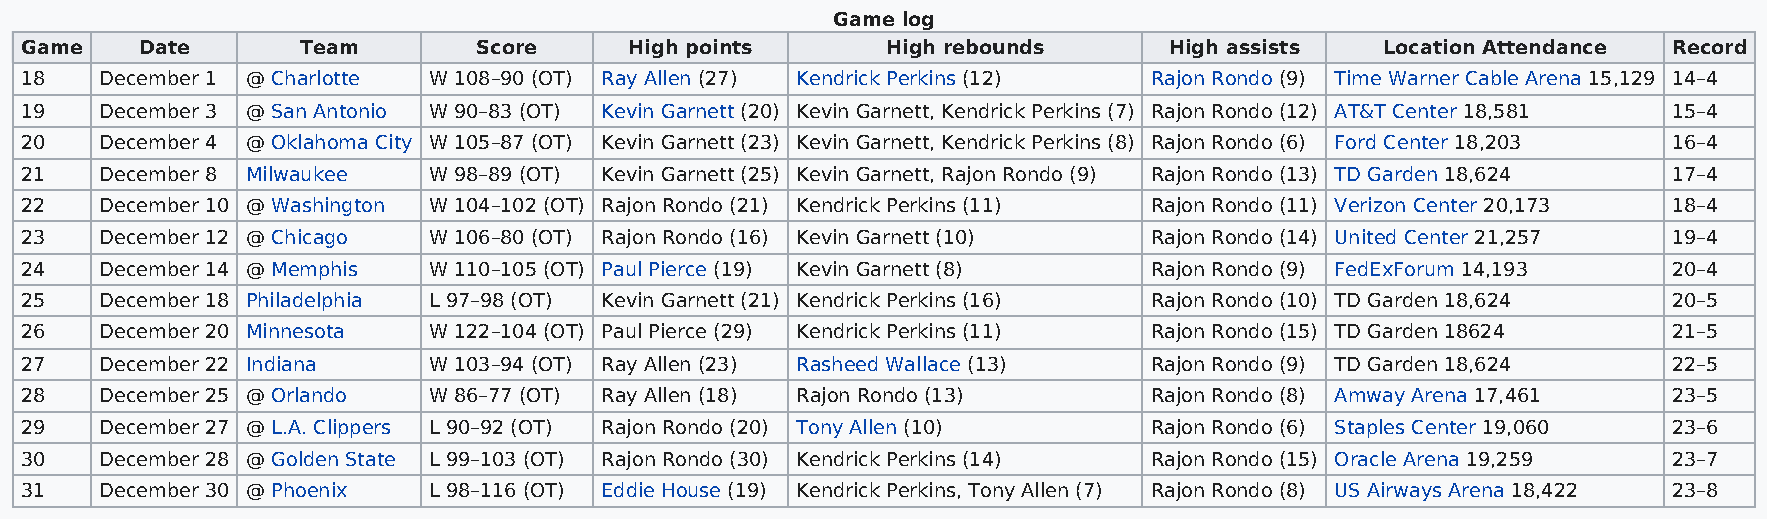
Game log
 Game    Date       Team        Score     High points      High rebounds     High assists   Location Attendance Record
 18    December 1 @ Charlotte W 108–90 (OT) Ray Allen (27) Kendrick Perkins (12) Rajon Rondo (9) Time Warner Cable Arena 15,129 14–4
 19    December 3 @ San Antonio W 90–83 (OT) Kevin Garnett (20) Kevin Garnett, Kendrick Perkins (7) Rajon Rondo (12) AT&T Center 18,581 15–4
 20    December 4 @ Oklahoma City W 105–87 (OT) Kevin Garnett (23) Kevin Garnett, Kendrick Perkins (8) Rajon Rondo (6) Ford Center 18,203 16–4
 21    December 8 Milwaukee W 98–89 (OT) Kevin Garnett (25) Kevin Garnett, Rajon Rondo (9) Rajon Rondo (13) TD Garden 18,624 17–4
 22    December 10 @ Washington W 104–102 (OT) Rajon Rondo (21) Kendrick Perkins (11) Rajon Rondo (11) Verizon Center 20,173 18–4
 23    December 12 @ Chicago W 106–80 (OT) Rajon Rondo (16) Kevin Garnett (10) Rajon Rondo (14) United Center 21,257 19–4
 24    December 14 @ Memphis W 110–105 (OT) Paul Pierce (19) Kevin Garnett (8) Rajon Rondo (9) FedExForum 14,193 20–4
 25    December 18 Philadelphia L 97–98 (OT) Kevin Garnett (21) Kendrick Perkins (16) Rajon Rondo (10) TD Garden 18,624 20–5
 26    December 20 Minnesota W 122–104 (OT) Paul Pierce (29) Kendrick Perkins (11) Rajon Rondo (15) TD Garden 18624 21–5
 27    December 22 Indiana  W 103–94 (OT) Ray Allen (23) Rasheed Wallace (13) Rajon Rondo (9) TD Garden 18,624 22–5
 28    December 25 @ Orlando W 86–77 (OT) Ray Allen (18) Rajon Rondo (13)   Rajon Rondo (8) Amway Arena 17,461 23–5
 29    December 27 @ L.A. Clippers L 90–92 (OT) Rajon Rondo (20) Tony Allen (10) Rajon Rondo (6) Staples Center 19,060 23–6
 30    December 28 @ Golden State L 99–103 (OT) Rajon Rondo (30) Kendrick Perkins (14) Rajon Rondo (15) Oracle Arena 19,259 23–7
 31    December 30 @ Phoenix L 98–116 (OT) Eddie House (19) Kendrick Perkins, Tony Allen (7) Rajon Rondo (8) US Airways Arena 18,422 23–8